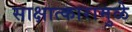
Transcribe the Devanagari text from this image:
साक्षात्कारामुळे